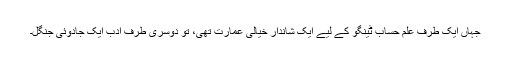
جہاں ایک طرف علمِ حساب ٹینگو کے لیے ایک شاندار خیالی عمارت تھی، تو دوسری طرف ادب ایک جادوئی جنگل۔